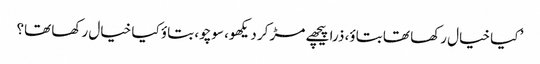
’ کیا خیال رکھا تھا بتاؤ، ذرا پیچھے مڑ کر دیکھو، سوچو، بتاؤ کیا خیال رکھا تھا؟